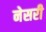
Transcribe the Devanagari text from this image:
नेसरी